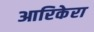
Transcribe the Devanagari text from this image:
आरिकेरा